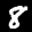
Label: 8